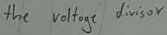
Text: the voltage divisor